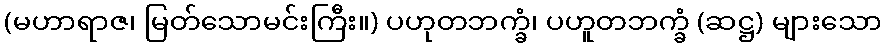
(မဟာရာဇ၊ မြတ်သောမင်းကြီး။) ပဟုတဘက္ခံ၊ ပဟူတဘက္ခံ (ဆဋ္ဌ) များသော